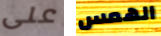
على الهمس